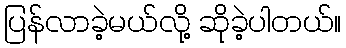
ပြန်လာခဲ့မယ်လို့ ဆိုခဲ့ပါတယ်။